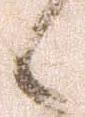
候